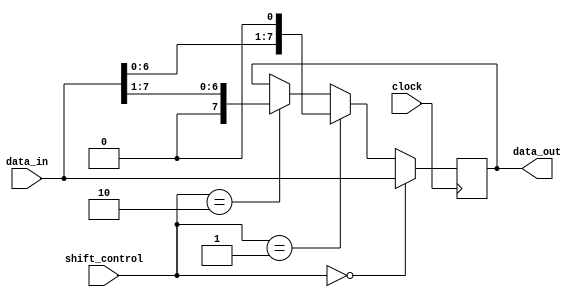
module fixed_point_shift_register(
  input [7:0] data_in,
  input [1:0] shift_control,
  output reg [7:0] data_out,
  input clock
);

always @(posedge clock) begin
  if(shift_control == 2'b00) // no shift
    data_out <= data_in;
  else if(shift_control == 2'b01) // shift left
    data_out <= data_in << 1;
  else if(shift_control == 2'b10) // shift right
    data_out <= data_in >> 1;
end

endmodule